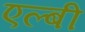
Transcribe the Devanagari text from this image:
एल्बी